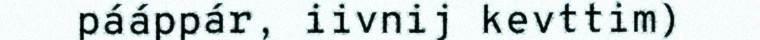
pááppár, iivnij kevttim)